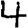
Digit: 4